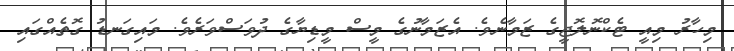
މިހާރު މިއީ ޓެކްނޮލޮޖީގެ ޒަމާނެވެ. އެޒަމާނުގެ މީސް މީޑިޔާގެ ދުވަސްވަރެވެ. މައިގަނޑު ގޮތެއްގައި